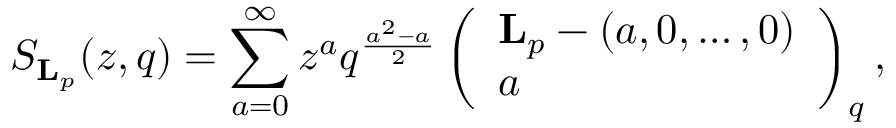
S _ { \mathbf { L } _ { p } } ( z , q ) = \sum _ { a = 0 } ^ { \infty } z ^ { a } q ^ { \frac { a ^ { 2 } - a } { 2 } } \left( \begin{array} { l } { { { \mathbf { L } _ { p } - ( a , 0 , \dots , 0 ) } } } \\ { { a } } \end{array} \right) _ { q } ,